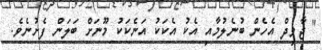
" ޖާވިދް އެހެން ބުނެލުމާއި އެކު އެކަކު އަނެކަކު މޫނަށް ބަލަން ފެށުނެވެ.